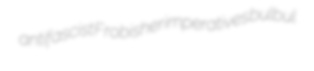
antifascist Frobisher imperatives bulbul